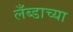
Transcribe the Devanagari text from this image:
लँब्डाच्या